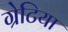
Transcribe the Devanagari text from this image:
ग्रेटिया